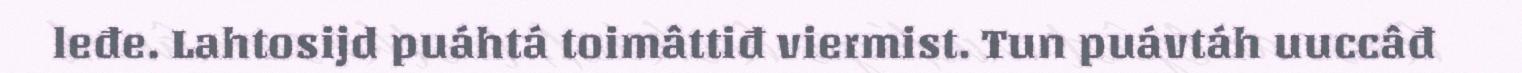
leđe. Lahtosijd puáhtá toimâttiđ viermist. Tun puávtáh uuccâđ